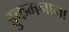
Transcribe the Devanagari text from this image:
हुकमनामा